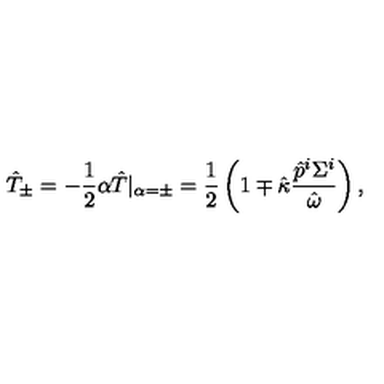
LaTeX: \hat { T } _ { \pm } = - \frac { 1 } { 2 } \alpha \hat { T } | _ { \alpha = \pm } = \frac { 1 } { 2 } \left( 1 \mp \hat { \kappa } \frac { \hat { p } ^ { i } \Sigma ^ { i } } { \hat { \omega } } \right) ,